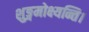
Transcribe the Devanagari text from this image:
शुङ्गमोक्ष्यन्ति।